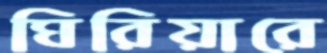
ঘিরিয়ারে